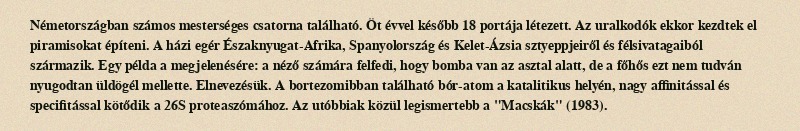
Németországban számos mesterséges csatorna található. Öt évvel később 18 portája létezett. Az uralkodók ekkor kezdtek el piramisokat építeni. A házi egér Északnyugat-Afrika, Spanyolország és Kelet-Ázsia sztyeppjeiről és félsivatagaiból származik. Egy példa a megjelenésére: a néző számára felfedi, hogy bomba van az asztal alatt, de a főhős ezt nem tudván nyugodtan üldögél mellette. Elnevezésük. A bortezomibban található bór-atom a katalitikus helyén, nagy affinitással és specifitással kötődik a 26S proteaszómához. Az utóbbiak közül legismertebb a "Macskák" (1983).